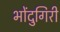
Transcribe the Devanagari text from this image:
भोंदुगिरी